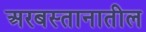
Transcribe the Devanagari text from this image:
अरबस्तानातील